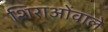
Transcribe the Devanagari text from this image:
शिराओंवाले